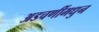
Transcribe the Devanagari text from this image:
अडचणींमधुन